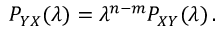
{ \cal P } _ { Y X } ( \lambda ) = \lambda ^ { n - m } { \cal P } _ { X Y } ( \lambda ) \, .